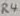
Text: R4